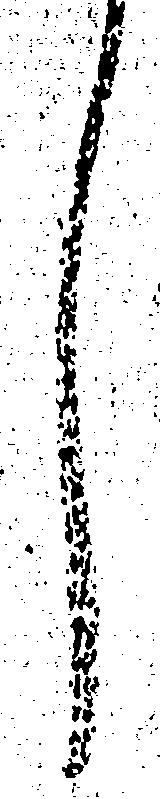
し